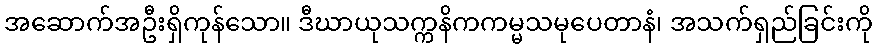
အဆောက်အဦးရှိကုန်သော။ ဒီဃာယုသက္ကနိကကမ္မသမုပေတာနံ၊ အသက်ရှည်ခြင်းကို